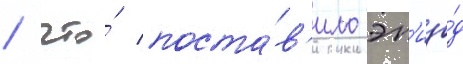
/ что́ поста́в'ило эп'изо́д